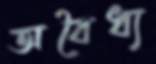
অবৈধ্য